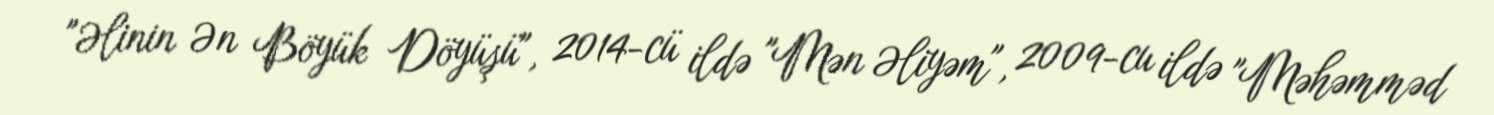
"Əlinin Ən Böyük Döyüşü", 2014-cü ildə "Mən Əliyəm", 2009-cu ildə "Məhəmməd